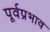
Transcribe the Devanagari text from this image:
पूर्वप्रभाव